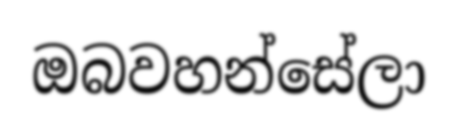
ඔබවහන්සේලා